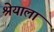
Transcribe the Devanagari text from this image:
श्रेयाला